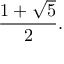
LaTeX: { \frac { 1 + { \sqrt { 5 } } } { 2 } } .